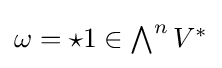
{\textstyle \omega ={\star }1\in \bigwedge ^{n}V^{*}}